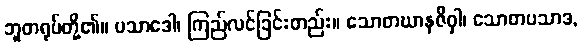
ဘူတရုပ်တို့၏။ ပသာဒေါ၊ ကြည်လင်ခြင်းတည်း။ သောတဃာနဇိဝှါ၊ သောတပသာဒ,